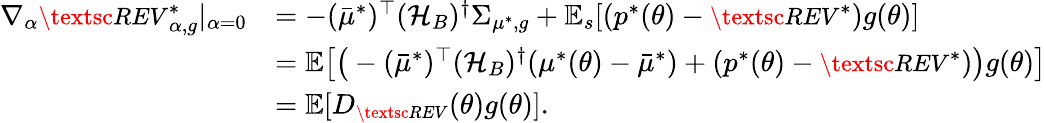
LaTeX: \begin{array}{rl}{\nabla_{\alpha}{\small\textsc{{REV}}}_{\alpha,g}^{*}|_{\alpha=0}}&{=-({\bar{\mu}^{*}})^{\top}({\mathcal{H}}_{B})^{\dagger}\Sigma_{{\mu^{*}},g}+{\mathbb E}_{s}[(p^{*}(\theta)-{\small\textsc{{REV}}}^{*})g(\theta)]}\\ &{={\mathbb E}\big[\big(-({\bar{\mu}^{*}})^{\top}({\mathcal{H}}_{B})^{\dagger}({\mu^{*}}(\theta)-{\bar{\mu}^{*}})+(p^{*}(\theta)-{\small\textsc{{REV}}}^{*})\big)g(\theta)\big]}\\ &{={\mathbb E}[D_{\small\textsc{{REV}}}(\theta)g(\theta)].}\end{array}